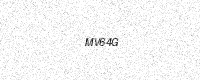
Text: MV64G